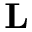
\mathbf { L }